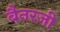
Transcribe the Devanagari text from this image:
बैनरजी